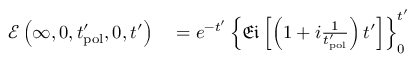
\begin{array} { r l } { \mathcal { E } \left( \infty , 0 , t _ { \mathrm { p o l } } ^ { \prime } , 0 , t ^ { \prime } \right) } & { { } = e ^ { - t ^ { \prime } } \left\{ \mathfrak { E i } \left[ \left( 1 + i \frac { 1 } { t _ { \mathrm { p o l } } ^ { \prime } } \right) t ^ { \prime } \right] \right\} _ { 0 } ^ { t ^ { \prime } } } \end{array}